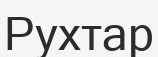
Рухтар